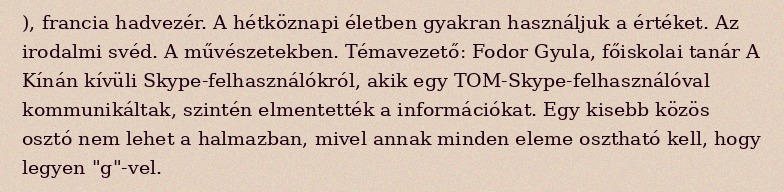
), francia hadvezér. A hétköznapi életben gyakran használjuk a értéket. Az irodalmi svéd. A művészetekben. Témavezető: Fodor Gyula, főiskolai tanár A Kínán kívüli Skype-felhasználókról, akik egy TOM-Skype-felhasználóval kommunikáltak, szintén elmentették a információkat. Egy kisebb közös osztó nem lehet a halmazban, mivel annak minden eleme osztható kell, hogy legyen "g"-vel.